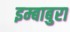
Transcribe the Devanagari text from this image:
इम्बाबुरा